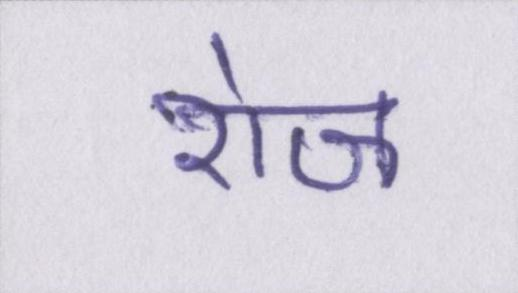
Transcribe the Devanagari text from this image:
रोज